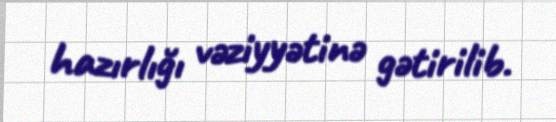
hazırlığı vəziyyətinə gətirilib.